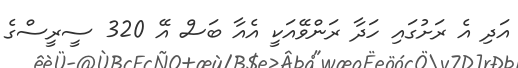
އަދި އެ ރަށުގައި ހަދާ ރަންވޭއަކީ އެއާ ބަސް އޭ 320 ސީރީސްގެ